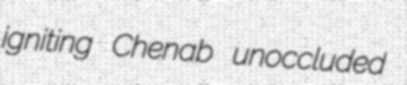
igniting Chenab unoccluded